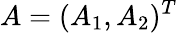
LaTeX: A=(A_{1},A_{2})^{T}